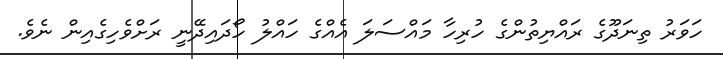
ހަވަރު ތިނަދޫގެ ރައްޔިތުންގެ ހުރިހާ މައްސަލަ އެއްގެ ހައްލު ހޯދައިދޭނީ ރަށްވެހިގެއިން ނެވެ.